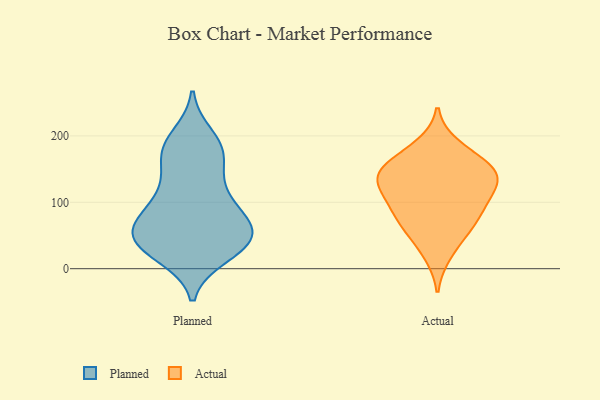
{"axis": {"x": "Energy Usage (MWh)", "y": "Value"}, "legend": ["Actual", "Planned"], "data": [{"x": "", "y": 74, "type": "Planned"}, {"x": "", "y": 170, "type": "Planned"}, {"x": "", "y": 178, "type": "Planned"}, {"x": "", "y": 21, "type": "Planned"}, {"x": "", "y": 37, "type": "Planned"}, {"x": "", "y": 38, "type": "Planned"}, {"x": "", "y": 198, "type": "Planned"}, {"x": "", "y": 129, "type": "Planned"}, {"x": "", "y": 56, "type": "Planned"}, {"x": "", "y": 86, "type": "Planned"}, {"x": "", "y": 114, "type": "Planned"}, {"x": "", "y": 181, "type": "Planned"}, {"x": "", "y": 28, "type": "Planned"}, {"x": "", "y": 174, "type": "Planned"}, {"x": "", "y": 60, "type": "Planned"}, {"x": "", "y": 73, "type": "Planned"}, {"x": "", "y": 50, "type": "Planned"}, {"x": "", "y": 34, "type": "Planned"}, {"x": "", "y": 51, "type": "Planned"}, {"x": "", "y": 108, "type": "Planned"}, {"x": "", "y": 106, "type": "Actual"}, {"x": "", "y": 22, "type": "Actual"}, {"x": "", "y": 137, "type": "Actual"}, {"x": "", "y": 67, "type": "Actual"}, {"x": "", "y": 52, "type": "Actual"}, {"x": "", "y": 170, "type": "Actual"}, {"x": "", "y": 89, "type": "Actual"}, {"x": "", "y": 130, "type": "Actual"}, {"x": "", "y": 102, "type": "Actual"}, {"x": "", "y": 139, "type": "Actual"}, {"x": "", "y": 150, "type": "Actual"}, {"x": "", "y": 151, "type": "Actual"}, {"x": "", "y": 185, "type": "Actual"}, {"x": "", "y": 75, "type": "Actual"}, {"x": "", "y": 135, "type": "Actual"}]}